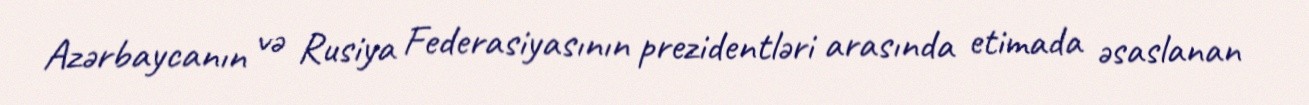
Azərbaycanın və Rusiya Federasiyasının prezidentləri arasında etimada əsaslanan